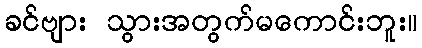
ခင်ဗျား သွားအတွက်မကောင်းဘူး။